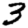
Digit: 3